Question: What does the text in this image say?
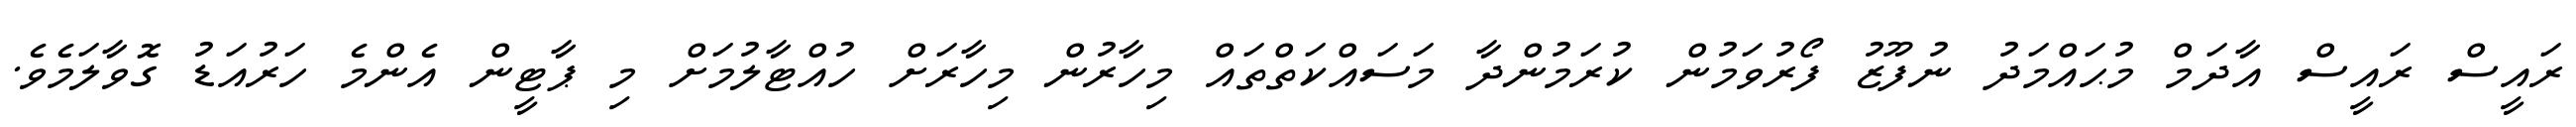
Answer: ރައީސް ރައީސް އާދަމް މުޙައްމަދު ނުފޫޒު ފޯރުވަމުން ކުރަމުންދާ މަސައްކަތްތައް މިހާރުން މިހާރަށް ހުއްޓާލުމަށް މި ޕާޓީން އެންމެ ހަރުއަޑު ގޮވާލަމެވެ.